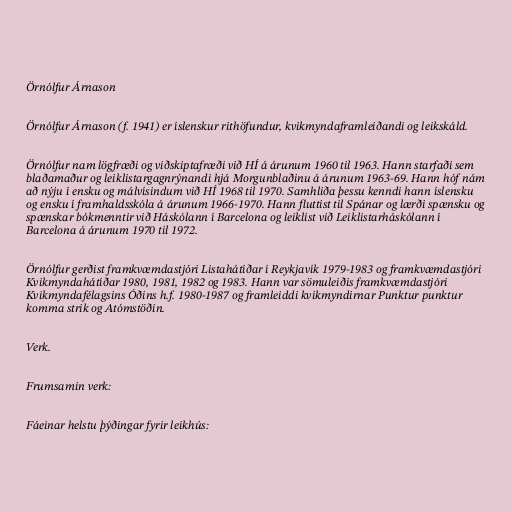
Örnólfur Árnason

Örnólfur Árnason (f. 1941) er íslenskur rithöfundur, kvikmyndaframleiðandi og leikskáld.

Örnólfur nam lögfræði og viðskiptafræði við HÍ á árunum 1960 til 1963. Hann starfaði sem
blaðamaður og leiklistargagnrýnandi hjá Morgunblaðinu á árunum 1963-69. Hann hóf nám
að nýju í ensku og málvísindum við HÍ 1968 til 1970. Samhliða þessu kenndi hann íslensku
og ensku í framhaldsskóla á árunum 1966-1970. Hann fluttist til Spánar og lærði spænsku og
spænskar bókmenntir við Háskólann í Barcelona og leiklist við Leiklistarháskólann í
Barcelona á árunum 1970 til 1972.

Örnólfur gerðist framkvæmdastjóri Listahátíðar í Reykjavík 1979-1983 og framkvæmdastjóri
Kvikmyndahátíðar 1980, 1981, 1982 og 1983. Hann var sömuleiðis framkvæmdastjóri
Kvikmyndafélagsins Óðins h.f. 1980-1987 og framleiddi kvikmyndirnar Punktur punktur
komma strik og Atómstöðin.

Verk.

Frumsamin verk:

Fáeinar helstu þýðingar fyrir leikhús: